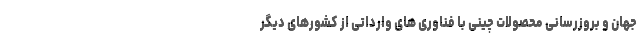
جهان و بروزرسانی محصولات چینی با فناوری های وارداتی از کشورهای دیگر